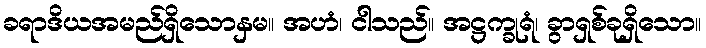
ခရာဒိယအမည်ရှိသောနှမ။ အဟံ၊ ငါသည်။ အဋ္ဌက္ခုရံ၊ ခွာရှစ်ခုရှိသော။